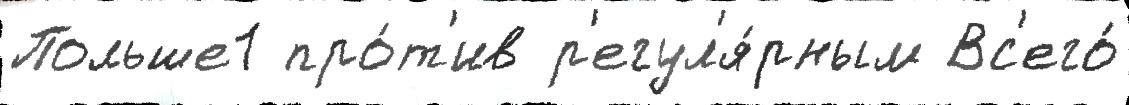
Польше1 про́т'ив р'егул'я́рным Вс'его́